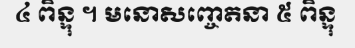
៤ ពិន្ទុ ។ មនោសញ្ចេតនា ៥ ពិន្ទុ